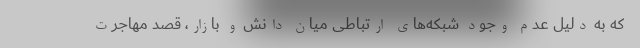
که به دلیل عدم وجود شبکه‌های ارتباطی میان دانش و بازار، قصد مهاجرت